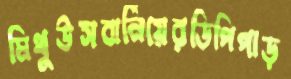
মিথুউসবার্নিয়েরডিপিপাড়